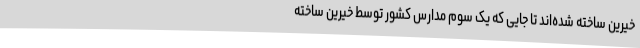
خیرین ساخته ‌شده‌اند تا جایی که یک‌ سوم مدارس کشور توسط خیرین ساخته